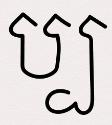
ប្ប